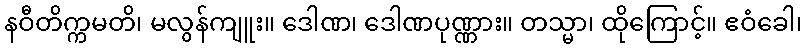
နဝီတိက္ကမတိ၊ မလွန်ကျူး။ ဒေါဏ၊ ဒေါဏပုဏ္ဏား။ တသ္မာ၊ ထိုကြောင့်။ ဧဝံခေါ၊